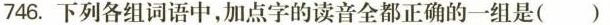
746.下列各组词语中，加点字的读音全都正确的一组是( )